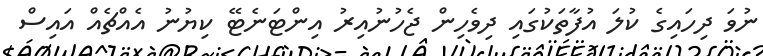
ނުވަ ދިހައިގެ ކުލަ އުފާތަކުގައި ދިވެހިން ޖެހުނުއިރު އިންޓަނެޓޭ ކިޔުނު އެއްޗެއް އައިސް